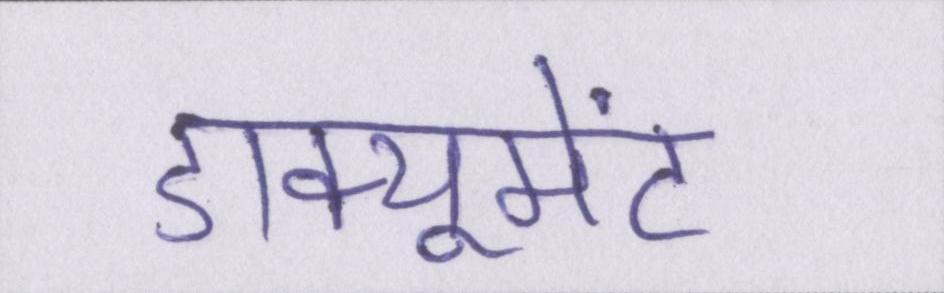
डाक्यूमेंट